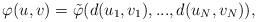
LaTeX: \begin{align*}\varphi(u,v)=\tilde{\varphi}(d(u_1,v_1),...,d(u_N,v_N)),\end{align*}